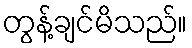
တွန့်ချင်မိသည်။